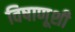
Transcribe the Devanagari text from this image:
विषाणूशी